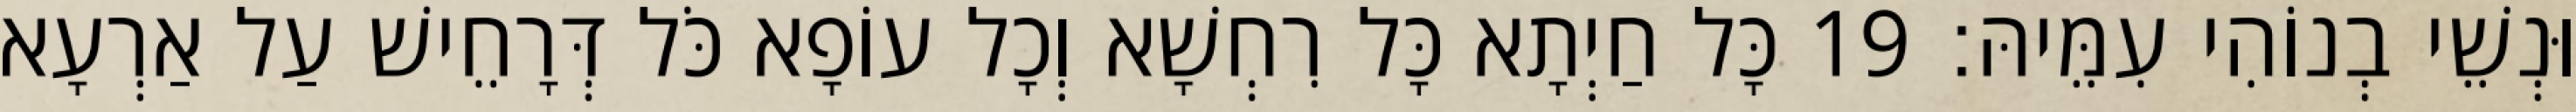
וּנְשֵׁי בְנוֹהִי עִמֵּיהּ׃ 19 כָּל חַיְתָא כָּל רִחְשָׁא וְכָל עוֹפָא כֹּל דְּרָחֵישׁ עַל אַרְעָא